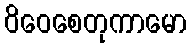
ဝိဝေစေတုကာမော